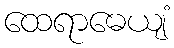
ထေရာဓေယျံ